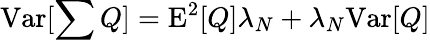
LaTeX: \mathrm{Var}[\sum{Q}]=\mathrm{E}^{2}[Q]\lambda_{N}+\lambda_{N}\mathrm{Var}[Q]